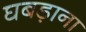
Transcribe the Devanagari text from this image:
घबड़ाना